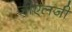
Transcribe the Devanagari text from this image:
जोएलजी